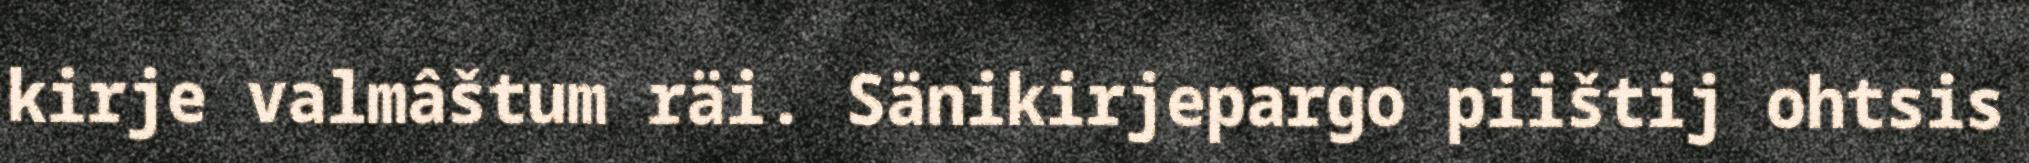
kirje valmâštum räi. Sänikirjepargo piištij ohtsis